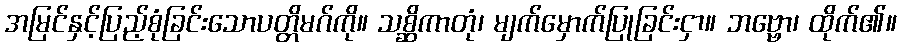
အမြင်နှင့်ပြည့်စုံခြင်းသောပတ္တိမဂ်ကို။ သစ္ဆိကာတုံ၊ မျက်မှောက်ပြုခြင်းငှာ။ ဘဗ္ဗော၊ ထိုက်၏။